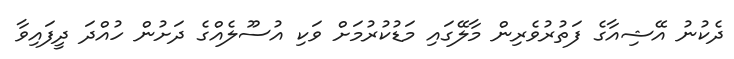
ދެކުނު އޭޝިއާގެ ފަތުރުވެރިން މާލޭގައި މަޑުކުުރުމަށް ވަކި އުސޫލެއްގެ ދަށުން ހުއްދަ ދީފައިވާ